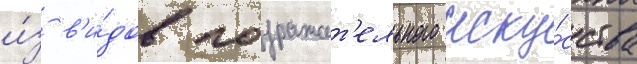
и́з в'и́дов подражат'ельного иску́сства